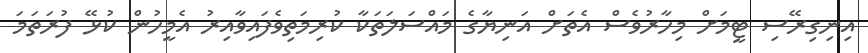
އިނިގިރޭސި ޓީމަށް މިހާރުވެސް އެތަށް އަނިޔާގެ މައްސަލަތަކާ ކުރިމަތިވެފައިވާއިރު އެމީހުން ކުޅޭ ފުރަތަމަ